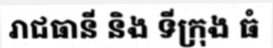
រាជធានី និង ទីក្រុង ធំ